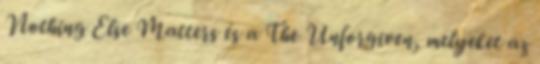
Nothing Else Matters és a The Unforgiven, melyeket az